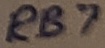
Text: RB7